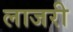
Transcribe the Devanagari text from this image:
लाजरी